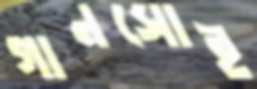
গানসোই